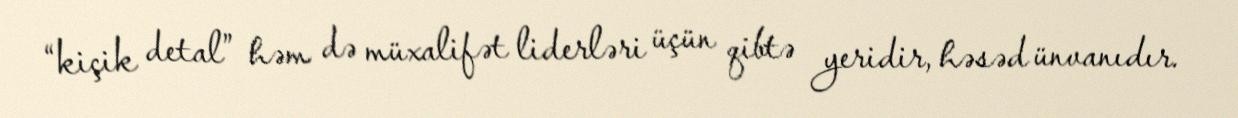
“kiçik detal” həm də müxalifət liderləri üçün qibtə yeridir, həsəd ünvanıdır.